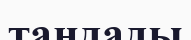
таңдады